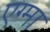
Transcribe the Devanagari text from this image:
एग्मा